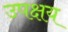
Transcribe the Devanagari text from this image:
उपक्षय